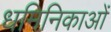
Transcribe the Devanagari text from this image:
धमिनिकाओं